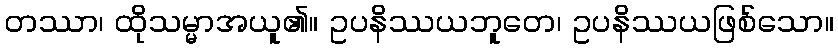
တဿာ၊ ထိုသမ္မာအယူ၏။ ဥပနိဿယဘူတေ၊ ဥပနိဿယဖြစ်သော။